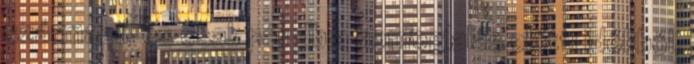
származik és csak pár db a honfoglalás előtti időkből.